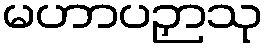
မဟာပဉှာသု